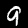
Digit: 9